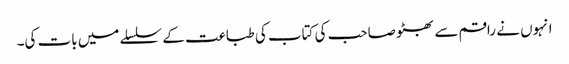
انہوں نے راقم سے بھٹو صاحب کی کتاب کی طباعت کے سلسلے میں بات کی۔